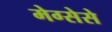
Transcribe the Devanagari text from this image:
मेग्सेसे